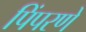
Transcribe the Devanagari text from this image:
पिंपरणे